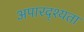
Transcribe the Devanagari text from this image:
अपारदृश्यता